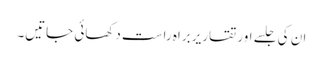
ان کی جلسے اور تقاریر براہ راست دکھائی جاتیں۔